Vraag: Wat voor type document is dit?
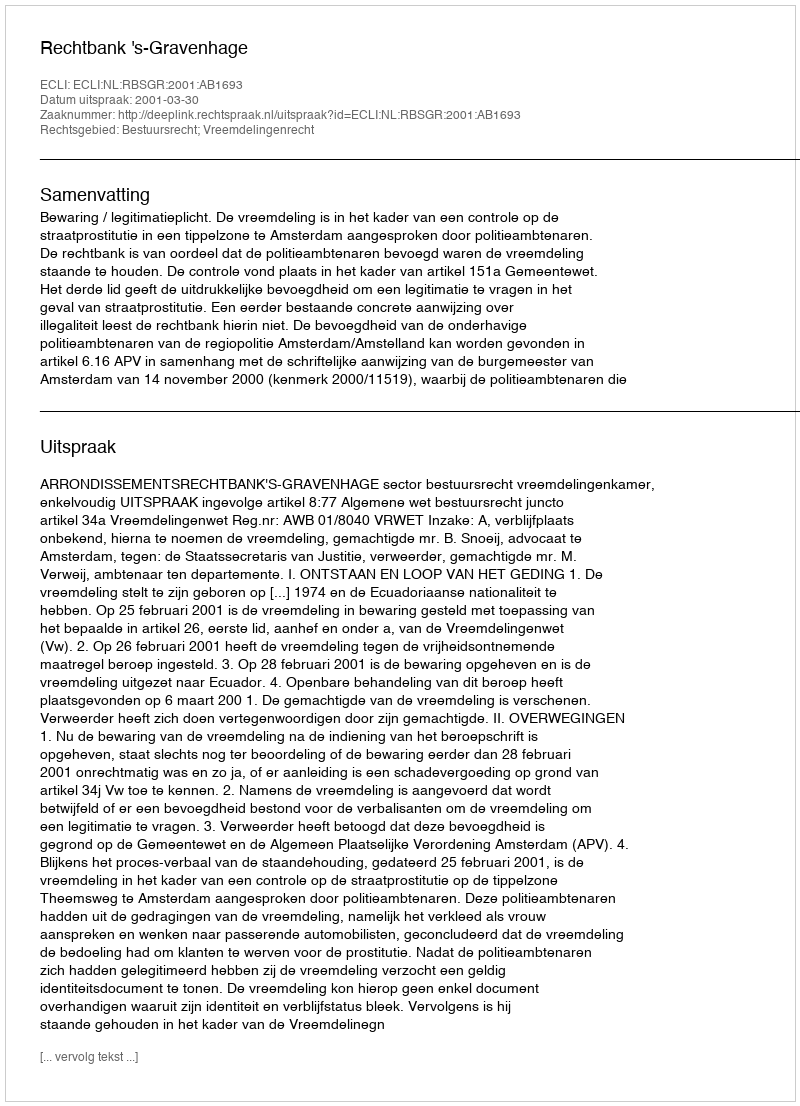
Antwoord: Uitspraak